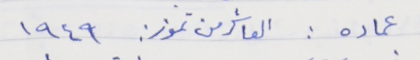
عماده : العاشر من تموز : ١٩٤٩